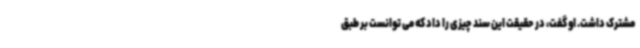
مشترک داشت. او گفت، در حقیقت این سند چیزی را داد که می توانست بر طبق